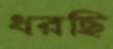
ধরছি